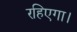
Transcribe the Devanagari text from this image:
रहिएगा।